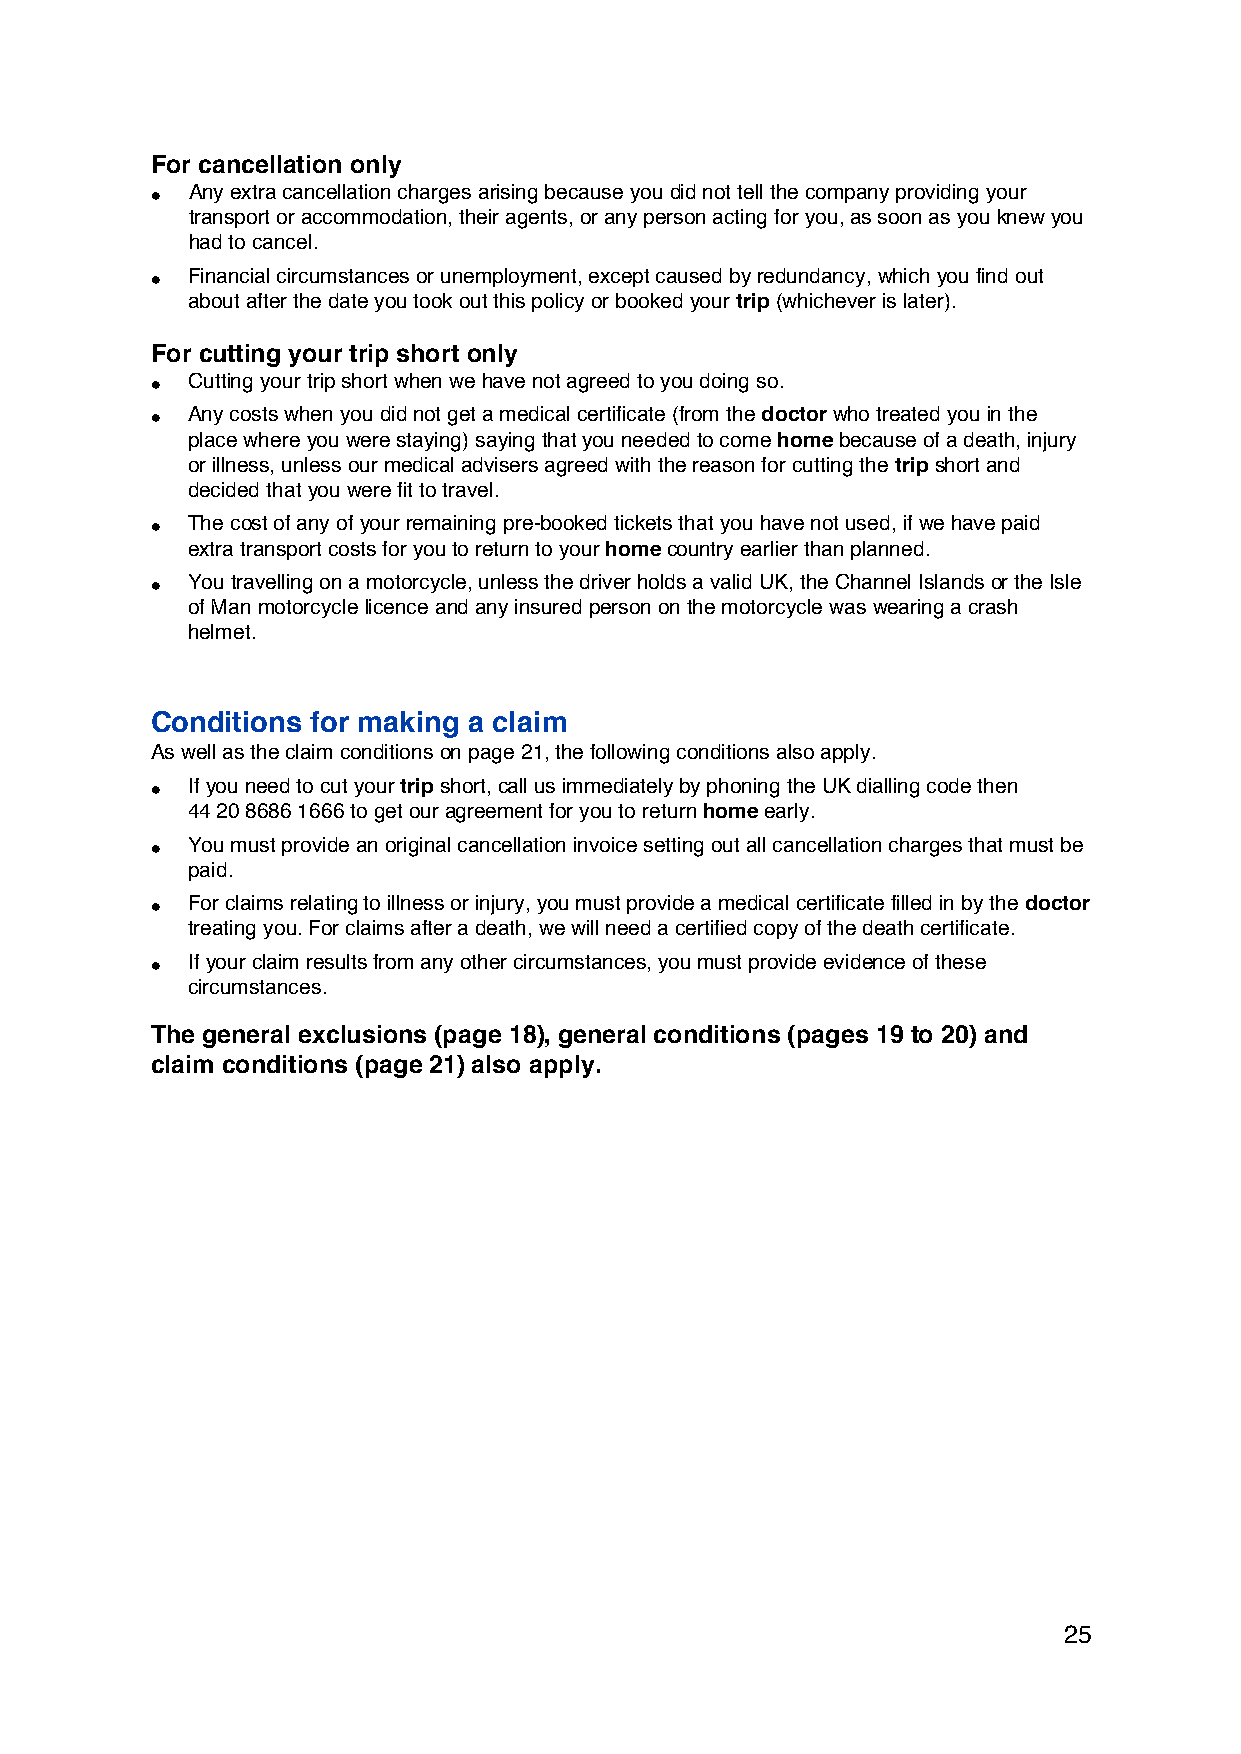
For cancellation only
 • Any extra cancellation charges arising because you did not tell the company providing your
 transport or accommodation, their agents, or any person acting for you, as soon as you knew you
 had to cancel.
 • Financial circumstances or unemployment, except caused by redundancy, which you find out
 about after the date you took out this policy or booked your trip (whichever is later).
 For cutting your trip short only
 • Cutting your trip short when we have not agreed to you doing so.
 • Any costs when you did not get a medical certificate (from the doctor who treated you in the
 place where you were staying) saying that you needed to come home because of a death, injury
 or illness, unless our medical advisers agreed with the reason for cutting the trip short and
 decided that you were fit to travel.
 • The cost of any of your remaining pre-booked tickets that you have not used, if we have paid
 extra transport costs for you to return to your home country earlier than planned.
 • You travelling on a motorcycle, unless the driver holds a valid UK, the Channel Islands or the Isle
 of Man motorcycle licence and any insured person on the motorcycle was wearing a crash
 helmet.
 Conditions for making a claim
 As well as the claim conditions on page 21, the following conditions also apply.
 • If you need to cut your trip short, call us immediately by phoning the UK dialling code then
 44 20 8686 1666 to get our agreement for you to return home early.
 • You must provide an original cancellation invoice setting out all cancellation charges that must be
 paid.
 • For claims relating to illness or injury, you must provide a medical certificate filled in by the doctor
 treating you. For claims after a death, we will need a certified copy of the death certificate.
 • If your claim results from any other circumstances, you must provide evidence of these
 circumstances.
 The general exclusions (page 18), general conditions (pages 19 to 20) and
 claim conditions (page 21) also apply.
 25